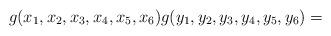
LaTeX: \begin{align*} g(x_1,x_2,x_3,x_4,x_5,x_6) g(y_1,y_2,y_3,y_4,y_5,y_6)= \end{align*}